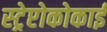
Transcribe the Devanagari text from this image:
स्ट्रेप्टोकोकाई